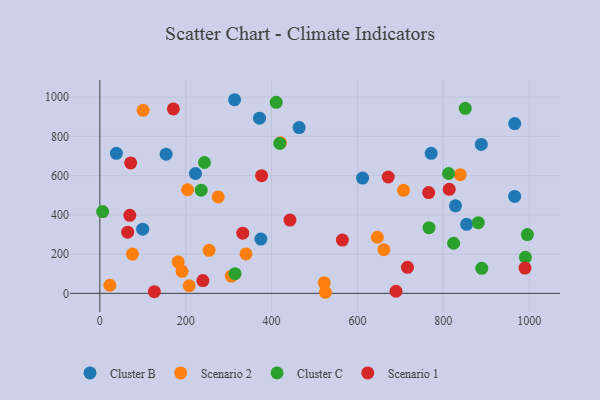
{"axis": {"x": "Engine Size", "y": "Fuel Efficiency"}, "legend": ["Cluster B", "Cluster C", "Scenario 1", "Scenario 2"], "data": [{"x": "314.0", "y": 986.7, "type": "Cluster B"}, {"x": "38.6", "y": 713.4, "type": "Cluster B"}, {"x": "154.4", "y": 709.2, "type": "Cluster B"}, {"x": "771.8", "y": 713.5, "type": "Cluster B"}, {"x": "222.8", "y": 610.8, "type": "Cluster B"}, {"x": "99.9", "y": 327.1, "type": "Cluster B"}, {"x": "888.5", "y": 759.0, "type": "Cluster B"}, {"x": "375.1", "y": 276.6, "type": "Cluster B"}, {"x": "966.4", "y": 865.0, "type": "Cluster B"}, {"x": "371.9", "y": 892.8, "type": "Cluster B"}, {"x": "854.4", "y": 351.6, "type": "Cluster B"}, {"x": "966.3", "y": 494.0, "type": "Cluster B"}, {"x": "612.0", "y": 587.3, "type": "Cluster B"}, {"x": "828.4", "y": 445.9, "type": "Cluster B"}, {"x": "464.3", "y": 844.6, "type": "Cluster B"}, {"x": "525.5", "y": 5.5, "type": "Scenario 2"}, {"x": "661.7", "y": 222.2, "type": "Scenario 2"}, {"x": "182.4", "y": 160.6, "type": "Scenario 2"}, {"x": "646.3", "y": 286.0, "type": "Scenario 2"}, {"x": "275.6", "y": 491.1, "type": "Scenario 2"}, {"x": "254.5", "y": 219.2, "type": "Scenario 2"}, {"x": "100.8", "y": 932.8, "type": "Scenario 2"}, {"x": "204.4", "y": 528.4, "type": "Scenario 2"}, {"x": "340.6", "y": 200.9, "type": "Scenario 2"}, {"x": "306.3", "y": 87.9, "type": "Scenario 2"}, {"x": "23.4", "y": 41.2, "type": "Scenario 2"}, {"x": "191.5", "y": 112.4, "type": "Scenario 2"}, {"x": "208.2", "y": 38.8, "type": "Scenario 2"}, {"x": "839.5", "y": 604.9, "type": "Scenario 2"}, {"x": "75.9", "y": 200.4, "type": "Scenario 2"}, {"x": "707.5", "y": 525.2, "type": "Scenario 2"}, {"x": "522.7", "y": 54.6, "type": "Scenario 2"}, {"x": "420.9", "y": 767.0, "type": "Scenario 2"}, {"x": "991.3", "y": 183.7, "type": "Cluster C"}, {"x": "995.9", "y": 299.4, "type": "Cluster C"}, {"x": "243.7", "y": 666.8, "type": "Cluster C"}, {"x": "314.9", "y": 100.1, "type": "Cluster C"}, {"x": "410.8", "y": 973.5, "type": "Cluster C"}, {"x": "889.7", "y": 127.5, "type": "Cluster C"}, {"x": "6.5", "y": 416.9, "type": "Cluster C"}, {"x": "881.6", "y": 360.3, "type": "Cluster C"}, {"x": "236.1", "y": 525.9, "type": "Cluster C"}, {"x": "419.2", "y": 763.9, "type": "Cluster C"}, {"x": "766.8", "y": 334.5, "type": "Cluster C"}, {"x": "851.2", "y": 942.7, "type": "Cluster C"}, {"x": "824.1", "y": 255.2, "type": "Cluster C"}, {"x": "812.3", "y": 610.8, "type": "Cluster C"}, {"x": "127.0", "y": 8.7, "type": "Scenario 1"}, {"x": "332.9", "y": 306.6, "type": "Scenario 1"}, {"x": "376.8", "y": 599.7, "type": "Scenario 1"}, {"x": "766.0", "y": 513.8, "type": "Scenario 1"}, {"x": "71.8", "y": 664.8, "type": "Scenario 1"}, {"x": "689.9", "y": 10.7, "type": "Scenario 1"}, {"x": "716.6", "y": 132.6, "type": "Scenario 1"}, {"x": "813.9", "y": 530.1, "type": "Scenario 1"}, {"x": "69.8", "y": 397.4, "type": "Scenario 1"}, {"x": "565.0", "y": 271.4, "type": "Scenario 1"}, {"x": "671.7", "y": 592.9, "type": "Scenario 1"}, {"x": "442.9", "y": 373.2, "type": "Scenario 1"}, {"x": "240.0", "y": 65.3, "type": "Scenario 1"}, {"x": "990.3", "y": 128.8, "type": "Scenario 1"}, {"x": "64.8", "y": 311.7, "type": "Scenario 1"}, {"x": "171.3", "y": 939.8, "type": "Scenario 1"}]}